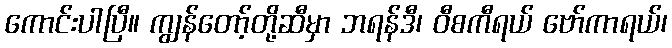
ကောင်းပါပြီ။ ကျွန်တော့်တို့ဆီမှာ ဘရန်ဒီ၊ ဝီစကီရယ် ဗော်ကာရယ်၊